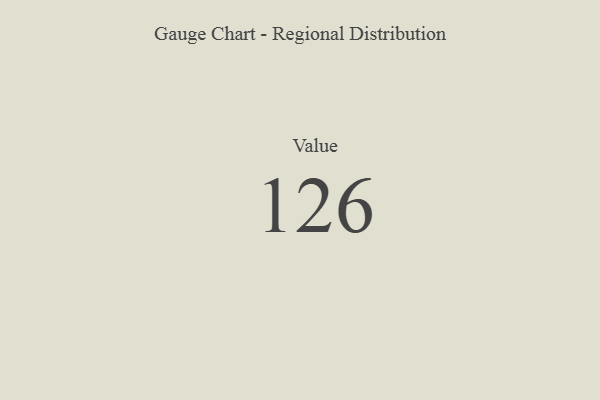
{"axis": {"x": "Metric", "y": "Value"}, "legend": [""], "data": [{"x": "Value", "y": 126, "type": ""}]}